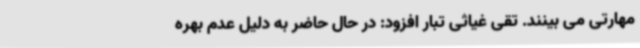
مهارتی می بینند. تقی غیاثی تبار افزود: در حال حاضر به دلیل عدم بهره